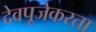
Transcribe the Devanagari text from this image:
देवपूजेकरता